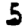
Digit: 5